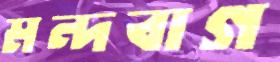
মন্দবাগ